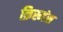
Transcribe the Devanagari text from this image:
क्रिस्मंस